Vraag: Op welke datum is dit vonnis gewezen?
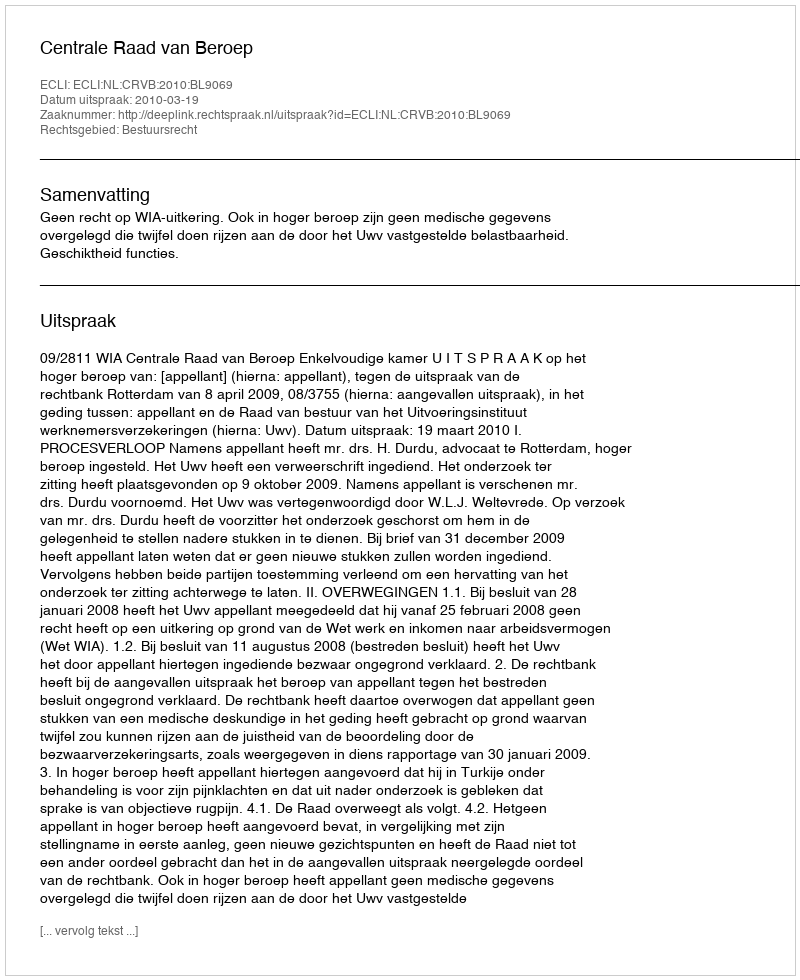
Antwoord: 2010-03-19